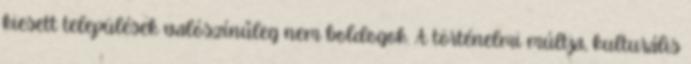
kiesett települések valószínűleg nem boldogok. A történelmi múltja, kulturális